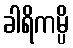
ခါရိကမ္ပိ